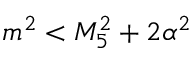
m ^ { 2 } < M _ { 5 } ^ { 2 } + 2 \alpha ^ { 2 }